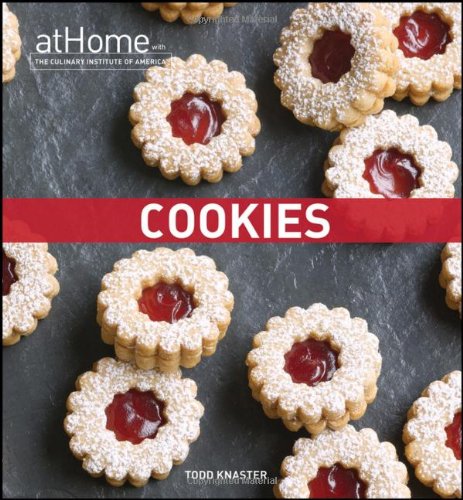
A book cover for Cookies at Home with The Culinary Institute of America; Todd Knaster; Cookbooks, Food & Wine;